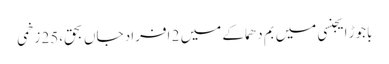
باجوڑ ایجنسی میں بم دھماکے میں 2 افراد جاں بحق،25 زخمی